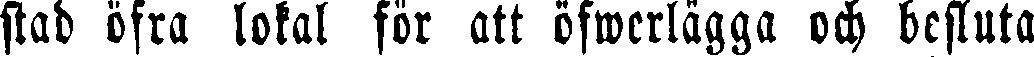
stad öfra lokal för att öfwerlägga och besluta